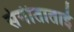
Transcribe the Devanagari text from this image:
संगीताताई